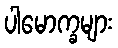
ပါမောက္ခများ